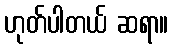
ဟုတ်ပါတယ် ဆရာ။